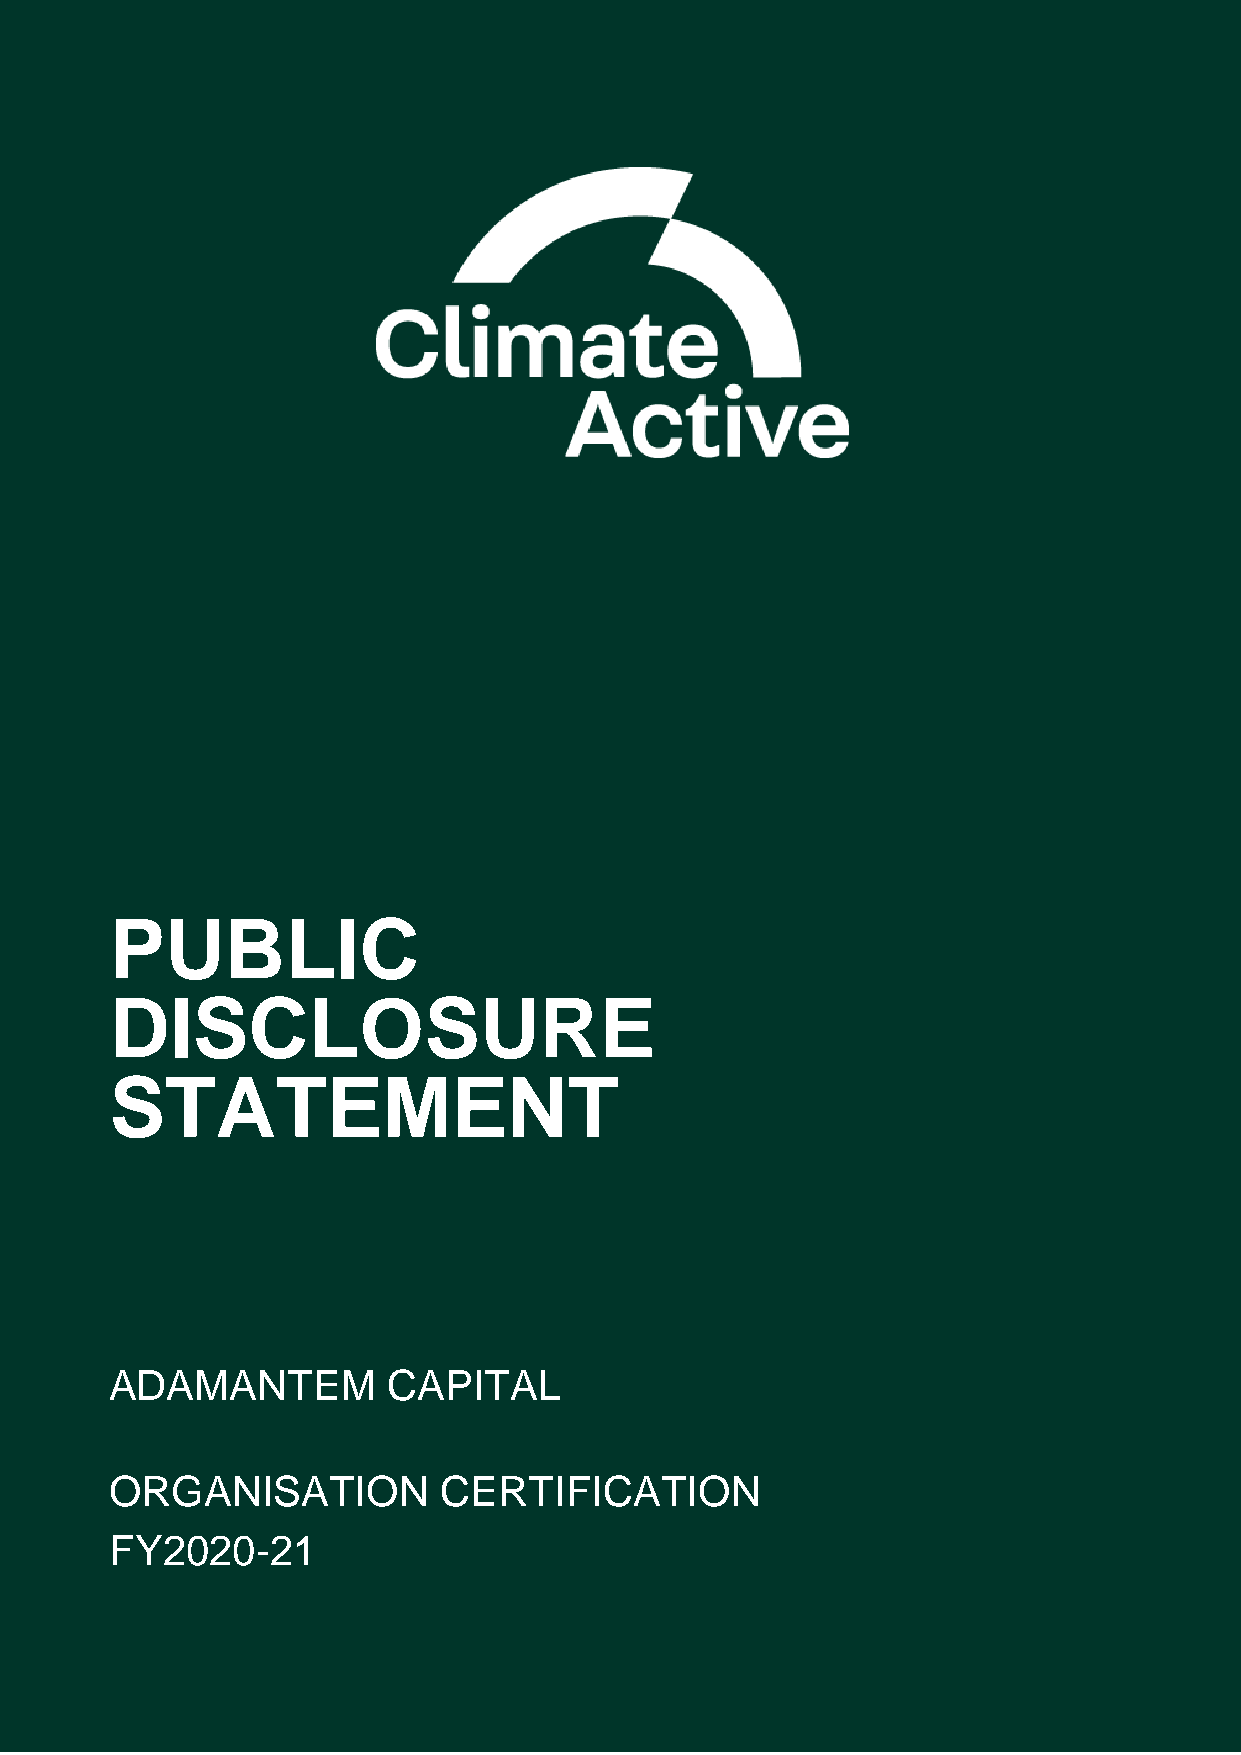
PUBLIC
 DISCLOSURE
 STATEMENT
 ADAMANTEM          CAPITAL
 ORGANISATION          CERTIFICATION
 FY2020-21
 Organisation name here       1